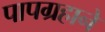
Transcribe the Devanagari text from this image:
पापग्रहाने